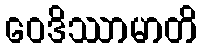
ဝေဒိဿာမာတိ